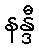
နန္ဒီ